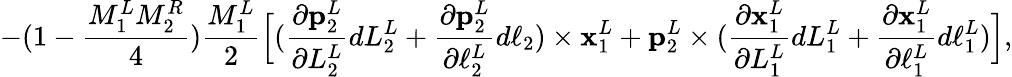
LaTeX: -(1-\frac{M_{1}^{L}M_{2}^{R}}{4})\frac{M_{1}^{L}}{2}\Big[(\frac{\partial\mathbf{p}_{2}^{L}}{\partial L_{2}^{L}}dL_{2}^{L}+\frac{\partial\mathbf{p}_{2}^{L}}{\partial\ell_{2}^{L}}d\ell_{2})\times\mathbf{x}_{1}^{L}+\mathbf{p}_{2}^{L}\times(\frac{\partial\mathbf{x}_{1}^{L}}{\partial L_{1}^{L}}dL_{1}^{L}+\frac{\partial\mathbf{x}_{1}^{L}}{\partial\ell_{1}^{L}}d\ell_{1}^{L})\Big],